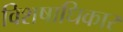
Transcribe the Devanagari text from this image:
विशषाधिकार